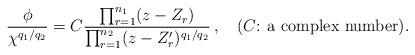
LaTeX: \begin{align*}\frac{\phi}{\chi^{q_1/q_2}}= C\frac{\prod_{r=1}^{n_1}(z-Z_r)}{\prod_{r=1}^{n_2}(z-Z'_r)^{q_1/q_2}}\,, \hspace{4mm}\mbox{($C$: a complex number)}.\end{align*}